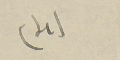
(4)